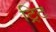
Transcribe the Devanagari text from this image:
ट्रिट